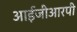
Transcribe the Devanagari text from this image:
आईजीआरपी